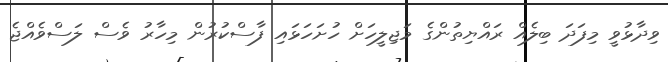
ވިދާޅުވީ މިފަދަ ބިލެއް ރައްޔިތުންގެ މަޖިލީހަށް ހުށަހަޅައި ފާސްކުރުން މިހާރު ވެސް ލަސްވެއްޖެ